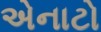
એનાટો